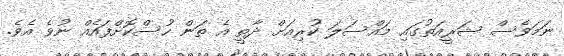
ނަމަވެސް ޝަރީއަތުގައި މައްސަލަ ކުރިއަށް ދާތީ އެ ތަން ހުސްކޮށްފައެއް ނުވެ އެވެ.